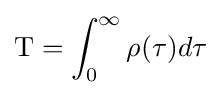
\mathrm {T} =\int _{0}^{\infty }\rho (\tau )d\tau